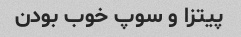
پیتزا و سوپ خوب بودن